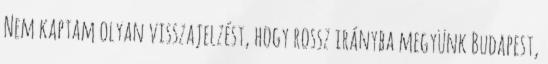
Nem kaptam olyan visszajelzést, hogy rossz irányba megyünk Budapest,